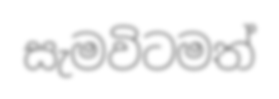
සැමවිටමත්